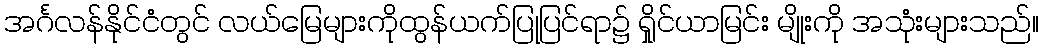
အင်္ဂလန်နိုင်ငံတွင် လယ်မြေများကိုထွန်ယက်ပြုပြင်ရာ၌ ရှိုင်ယာမြင်း မျိုးကို အသုံးများသည်။